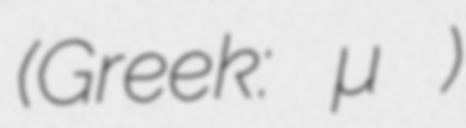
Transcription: (Greek: Νομὸς Ἀττικῆς)